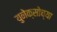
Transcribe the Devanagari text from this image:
युनेक्सोच्या